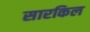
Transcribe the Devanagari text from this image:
सारकिल